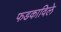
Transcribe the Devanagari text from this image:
फडकाविले